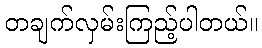
တချက်လှမ်းကြည့်ပါတယ်။